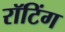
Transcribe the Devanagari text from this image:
रॉटिंग